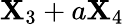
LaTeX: \mathbf{X}_{3}+a\mathbf{X}_{4}